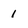
Character: 1